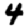
Digit: 4